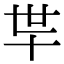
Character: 𰅲